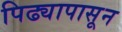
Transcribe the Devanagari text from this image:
पिढ्यापासून